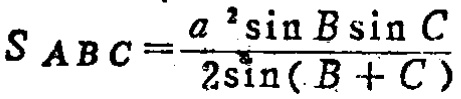
\[S_{ABC}=\frac{a^{2}\sin B\sin C}{2\sin(B + C)}\]